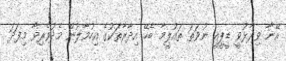
އޭނާ ވިދާޅުވީ ޑީޕީއީ ނުވަތަ ތައުލީމާ ބެހޭ އިދާރާތަކުގެ އިހުމާލުން މެދުވެރިވާ މިފަދަ